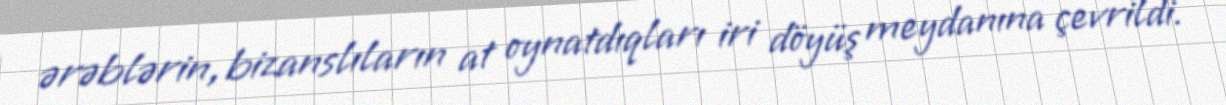
ərəblərin, bizanslıların at oynatdıqları iri döyüş meydanına çevrildi.